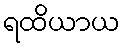
ရထိယာယ